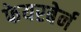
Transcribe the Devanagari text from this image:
फेयरबेर्न